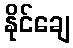
နိုင်ချေ